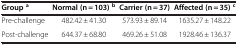
<table><thead><tr><td><b>Group<sup>a</sup></b></td><td><b>Normal (n = 103)<sup>b</sup></b></td><td><b>Carrier (n = 37)</b></td><td><b>Affected (n = 35)<sup>c</sup></b></td></tr></thead><tbody><tr><td>Pre-challenge</td><td>482.42 ± 41.30</td><td>573.93 ± 89.14</td><td>1635.27 ± 148.22</td></tr><tr><td>Post-challenge</td><td>644.37 ± 68.80</td><td>469.26 ± 51.08</td><td>1928.46 ± 136.37</td></tr></tbody></table>